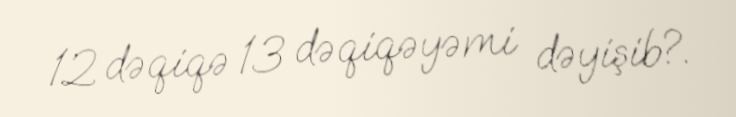
12 dəqiqə 13 dəqiqəyəmi dəyişib?.